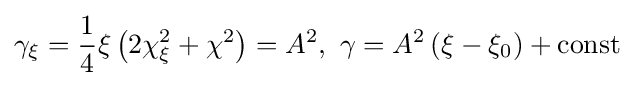
\gamma _{\xi }={\frac {1}{4}}\xi \left(2\chi _{\xi }^{2}+\chi ^{2}\right)=A^{2},\ \gamma =A^{2}\left(\xi -\xi _{0}\right)+\mathrm {const}